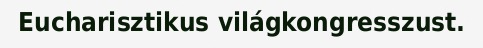
Eucharisztikus világkongresszust.